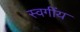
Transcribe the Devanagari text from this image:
स्वगींय